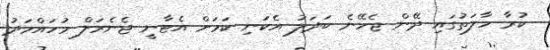
ކުރާ ހާލަތުގައި ދޭން ޖެހޭނެ ބަދަލު އެކަނި ކަމަށް އެޓާނީ ޖެނެރަލް މުހައްމަދު